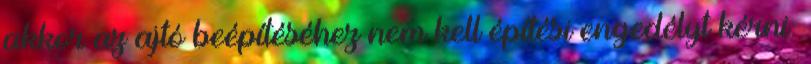
akkor az ajtó beépítéséhez nem kell építési engedélyt kérni.